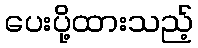
ပေးပို့ထားသည့်